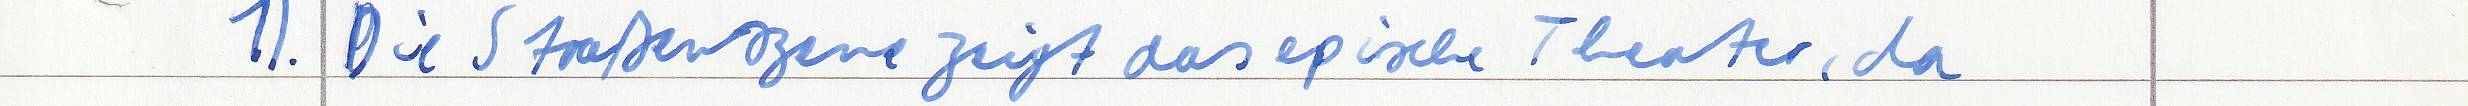
1.) Die Straßenszene zeigt das epische Theater, da